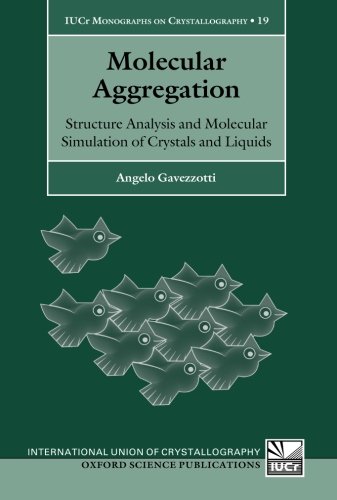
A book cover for Molecular Aggregation: Structure Analysis and Molecular Simulation of Crystals and Liquids (Iucr Monographs on Crystallography); Angelo Gavezzotti; Science & Math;